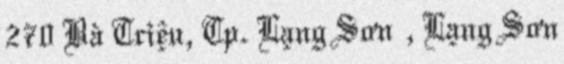
270 Bà Triệu, Tp. Lạng Sơn , Lạng Sơn